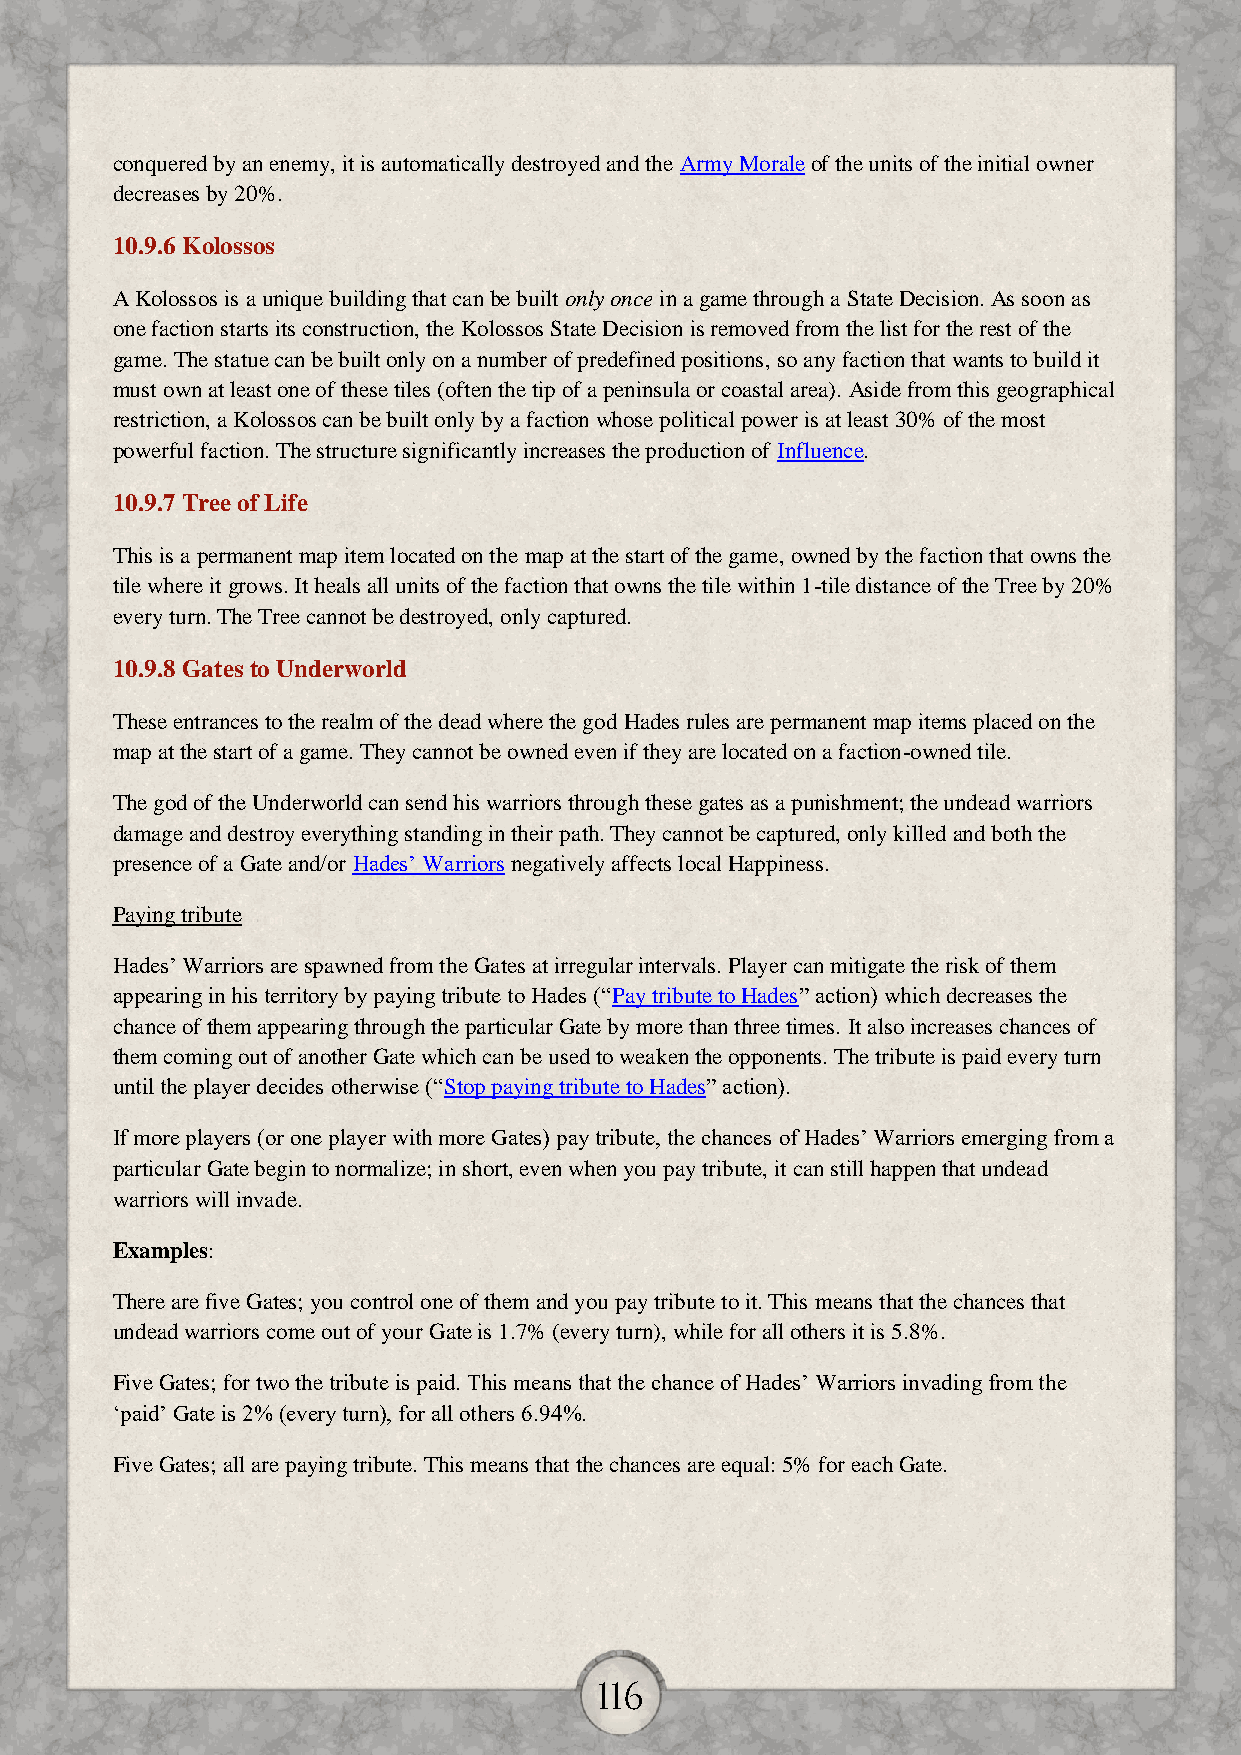
conquered by an enemy, it is automatically destroyed and the Army Morale of the units of the initial owner
 decreases by 20%.
 10.9.6 Kolossos
 A Kolossos is a unique building that can be built only once in a game through a State Decision. As soon as
 one faction starts its construction, the Kolossos State Decision is removed from the list for the rest of the
 game. The statue can be built only on a number of predefined positions, so any faction that wants to build it
 must own at least one of these tiles (often the tip of a peninsula or coastal area). Aside from this geographical
 restriction, a Kolossos can be built only by a faction whose political power is at least 30% of the most
 powerful faction. The structure significantly increases the production of Influence.
 10.9.7 Tree of Life
 This is a permanent map item located on the map at the start of the game, owned by the faction that owns the
 tile where it grows. It heals all units of the faction that owns the tile within 1-tile distance of the Tree by 20%
 every turn. The Tree cannot be destroyed, only captured.
 10.9.8 Gates to Underworld
 These entrances to the realm of the dead where the god Hades rules are permanent map items placed on the
 map at the start of a game. They cannot be owned even if they are located on a faction-owned tile.
 The god of the Underworld can send his warriors through these gates as a punishment; the undead warriors
 damage and destroy everything standing in their path. They cannot be captured, only killed and both the
 presence of a Gate and/or Hades’ Warriors negatively affects local Happiness.
 Paying tribute
 Hades’ Warriors are spawned from the Gates at irregular intervals. Player can mitigate the risk of them
 appearing in his territory by paying tribute to Hades (“Pay tribute to Hades” action) which decreases the
 chance of them appearing through the particular Gate by more than three times. It also increases chances of
 them coming out of another Gate which can be used to weaken the opponents. The tribute is paid every turn
 until the player decides otherwise (“Stop paying tribute to Hades” action).
 If more players (or one player with more Gates) pay tribute, the chances of Hades’ Warriors emerging from a
 particular Gate begin to normalize; in short, even when you pay tribute, it can still happen that undead
 warriors will invade.
 Examples:
 There are five Gates; you control one of them and you pay tribute to it. This means that the chances that
 undead warriors come out of your Gate is 1.7% (every turn), while for all others it is 5.8%.
 Five Gates; for two the tribute is paid. This means that the chance of Hades’ Warriors invading from the
 ‘paid’ Gate is 2% (every turn), for all others 6.94%.
 Five Gates; all are paying tribute. This means that the chances are equal: 5% for each Gate.
 116